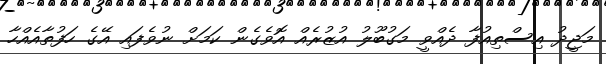
މަޖީދު އިސްތިއުފާ ދެއްވީ މަގުބޫލު އުޒުރެއް އޮވެގެން ކަމަށް ނުވެފައި އޭގެ ހަފުތާއެއްހާ